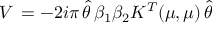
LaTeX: V \, = - 2 i \pi \, \hat { \theta } \, \beta _ { 1 } \beta _ { 2 } K ^ { T } ( \mu , \mu ) \, \hat { \theta }